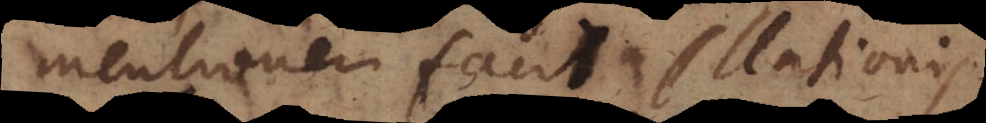
mentionem facit illationis